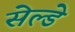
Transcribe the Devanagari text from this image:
सेल्डे